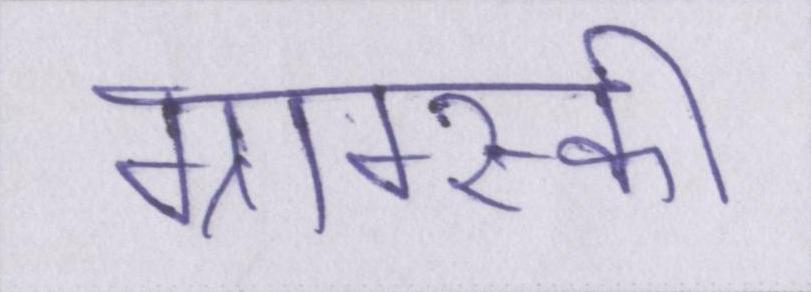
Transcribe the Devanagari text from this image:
ग्राम्स्की